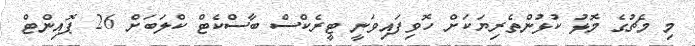
މި މެޗުގެ މޮޅު ކުޅުންތެރިޔަކަށް ހޮވިފައިވަނީ ޓީރެކްސް ބާސްކެޓް ކްލަބަށް 26 ޕޮއިންޓް